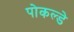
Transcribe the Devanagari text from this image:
पोकल्डे